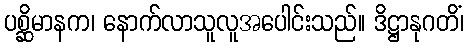
ပစ္ဆိမာနက၊ နောက်လာသူလူအပေါင်းသည်။ ဒိဋ္ဌာနုဂတိံ၊